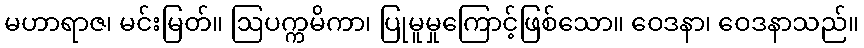
မဟာရာဇ၊ မင်းမြတ်။ ဩပက္ကမိကာ၊ ပြုမူမှုကြောင့်ဖြစ်သော။ ဝေဒနာ၊ ဝေဒနာသည်။